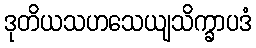
ဒုတိယသဟသေယျသိက္ခာပဒံ